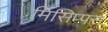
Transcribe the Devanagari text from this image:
मिसिप्पस